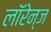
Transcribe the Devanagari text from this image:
लॉरेन्ज